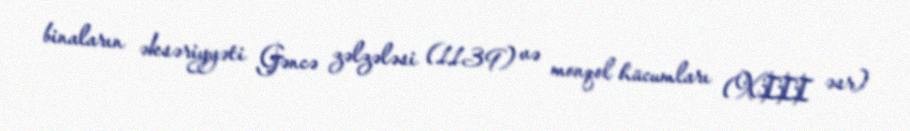
binaların əksəriyyəti Gəncə zəlzələsi (1139) və monqol hücumları (XIII əsr)